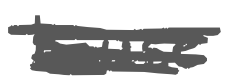
Text: house
Cross-out: scratch
Writing tool: digital_gray